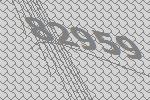
82959